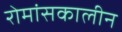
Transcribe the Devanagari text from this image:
रोमांसकालीन